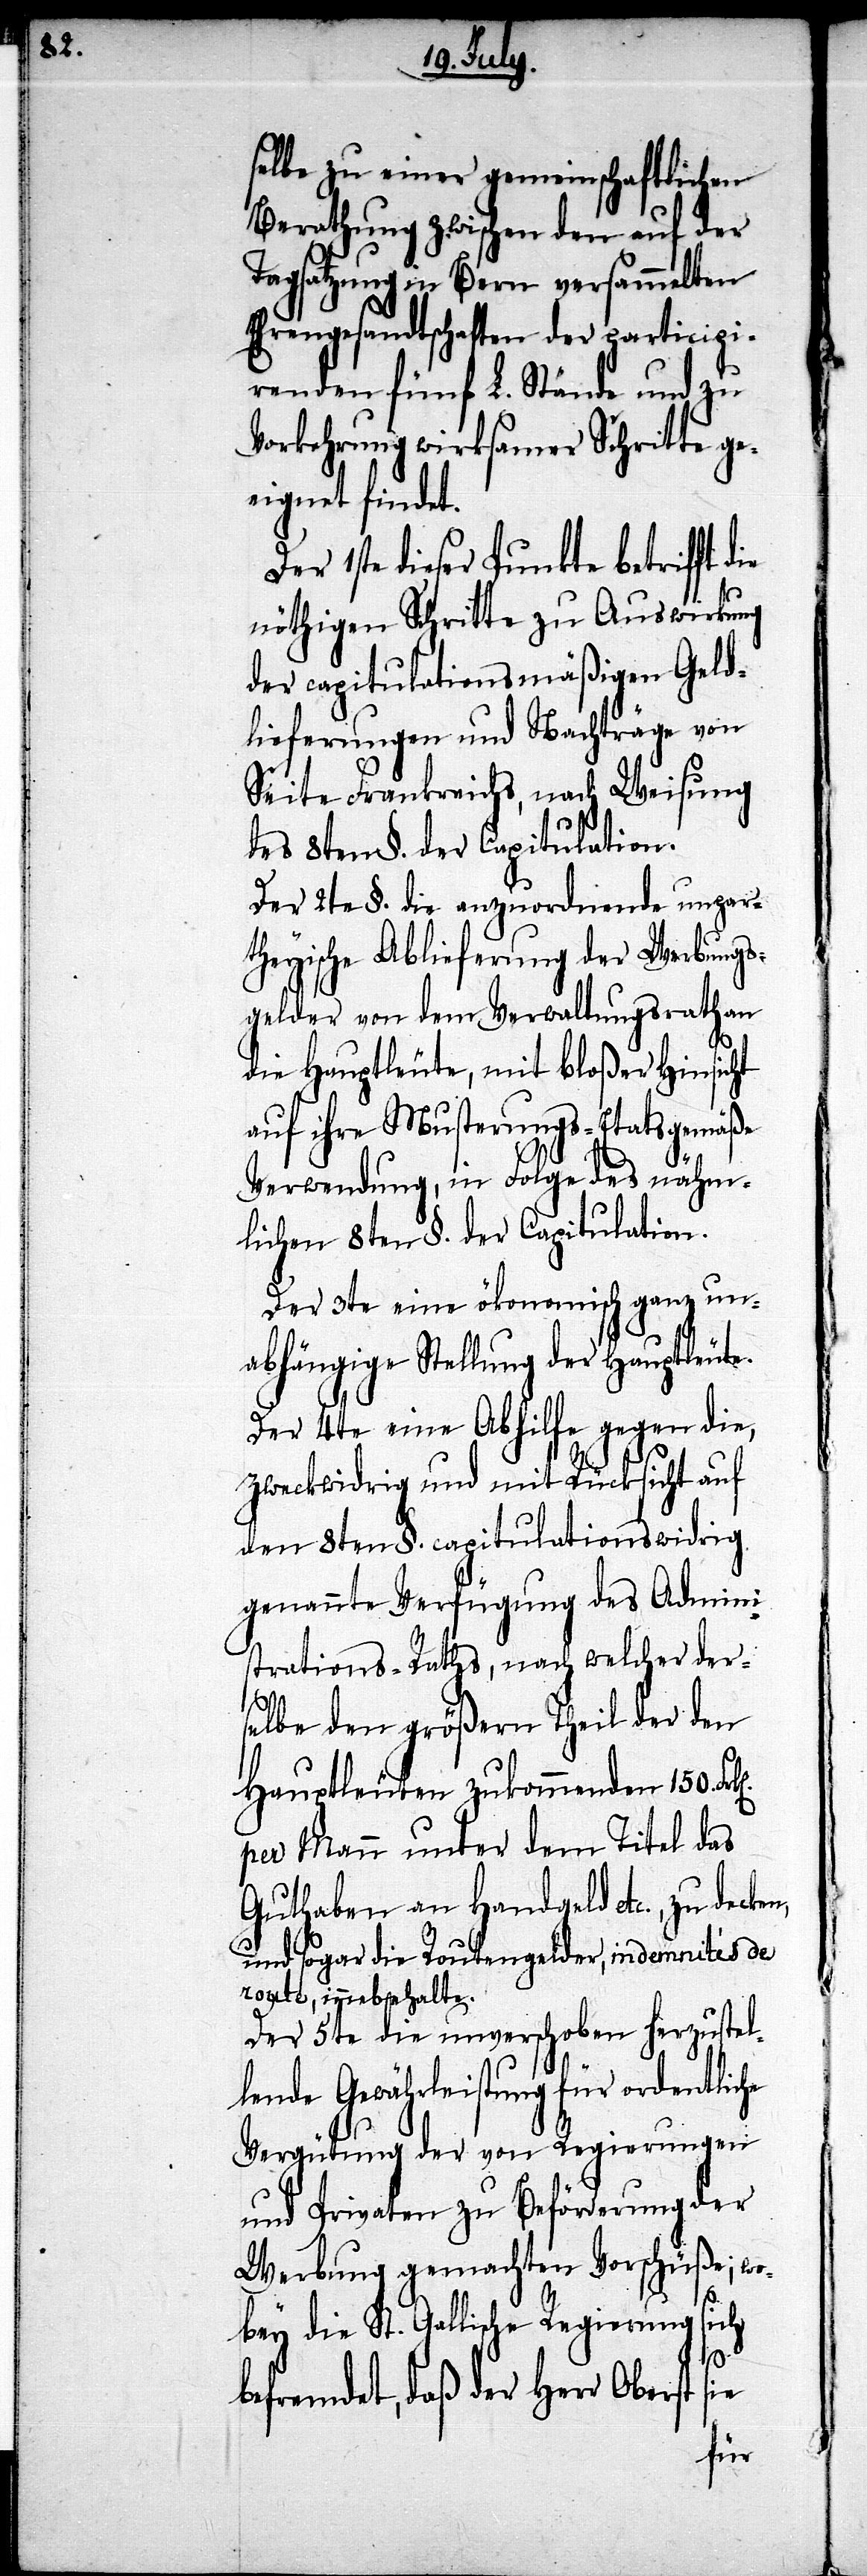
selbe zu einer gemeinschaftlichen
Berathung zwischen den auf der
Tagsatzung in Bern versammelten
Ehrengesandtschaften der partipici¬
renden fünf L. Stände und zu
Vorkehrung wirksamer Schritte ge¬
eignet findet.
Der 1ste dieser Punkte betrifft d¬
nöthigen Schritte zu Auswirkung
der capitulationsmäßigen Geld¬
lieferungen und Nachträge von
Seite Frankreichs, nach Weisung
des 8ten §. der Capitulation.
Der 2te §. die anzuordnende unpar¬
theyische Ablieferung der Werbungs¬
gelder von dem Verwaltungsrath an
die Hauptleute, mit bloßer Hinsicht
auf ihre Musterungs-Etatsgemäße
Verwendung, in Folge des nähm¬
lichen 8ten §. der Capitulation.
Der 3te eine ökonomisch ganz un¬
abhängige Stellung der Hauptleute.
Der 4te eine Abhilfe gegen die,
zweckwidrig und mit Rücksicht auf
den 8ten §. capitulationswidrig
genannte Verfügung des Admini¬
strations-Raths, nach welcher der¬
selbe den größern Theil der den
Hauptleuten zukommenden 150.
per Mann unter dem Titel das
Guthaben an Handgeld etc., zu decken,
und sogar die Routengelder, indemnités de
route, innebehalte.
Der 5te die unverschoben herzustel¬
lende Gewährleistung für ordentliche
Vergütung der von Regierungen
und Privaten zu Beförderung der
Werbung gemachten Vorschüße, wo¬
sich
bey die St. Gallische Regierung
sie
befremdet, daß der Herr Oberst